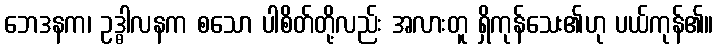
ဘေဒနက၊ ဥဒ္ဓါလနက စသော ပါစိတ်တို့လည်း အလားတူ ရှိကုန်သေး၏ဟု ပယ်ကုန်၏။